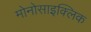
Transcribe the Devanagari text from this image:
मोनोसाइक्लिक